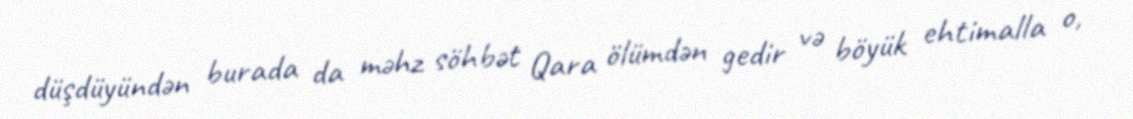
düşdüyündən burada da məhz söhbət Qara ölümdən gedir və böyük ehtimalla o,